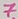
Text: 7